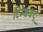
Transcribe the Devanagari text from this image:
टिम्बक्टू